画像に写った文字を読んでください
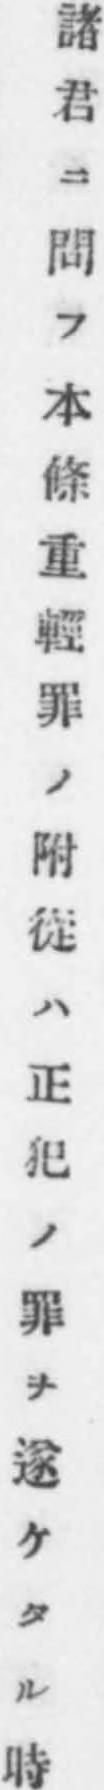
「諸君ニ問フ本條重輕罪ノ附從ハ正犯ノ罪ヲ遂ケタル時」と書いてあります